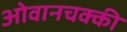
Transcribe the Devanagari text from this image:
ओवानचक्की